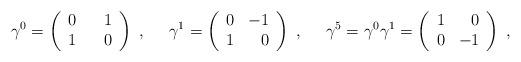
LaTeX: \begin{align*}\gamma^0=\left(\begin{array}{lr}0 & \hspace*{2ex}1 \\ 1 & 0 \end{array}\right)\; , \;\;\;\;\; \gamma^1=\left(\begin{array}{lr} 0 & -1 \\ 1 & 0 \end{array}\right)\; , \;\;\;\;\; \gamma^5=\gamma^0\gamma^1=\left( \begin{array}{lr} 1 & 0 \\ 0 & -1 \end{array}\right) \; ,\end{align*}